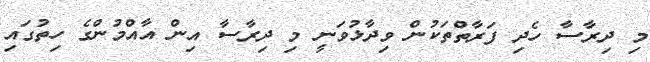
މި ދިރާސާ ހެދި ފަރާތްތަކުން ވިދާޅުވަނީ މި ދިރާސާ އިން އާއްމުންގެ ހިތުގައި